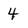
Character: 4